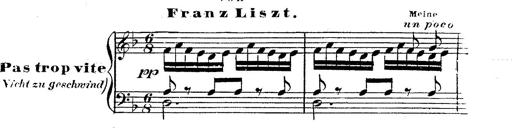
Title: 12 Lieder von Franz Schubert
Composer: Franz Liszt